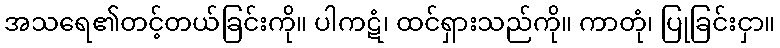
အသရေ၏တင့်တယ်ခြင်းကို။ ပါကဋံ၊ ထင်ရှားသည်ကို။ ကာတုံ၊ ပြုခြင်းငှာ။